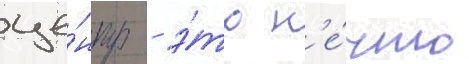
це́нтр - э́то н'е́что